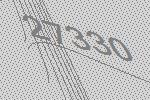
27330